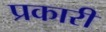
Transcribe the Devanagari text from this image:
प्रकारी